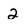
Character: 2